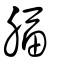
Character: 腷